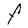
Character: F